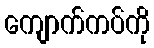
ကျောက်ကပ်ကို